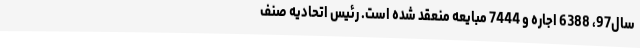
سال97، 6388 اجاره و 7444 مبایعه منعقد شده‌ است. رئیس اتحادیه صنف